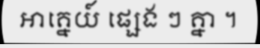
អាគ្នេយ៍ ផ្សេង ៗ គ្នា ។